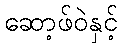
ဆော့ဖ်ဝဲနှင့်